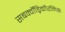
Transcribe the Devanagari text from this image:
सबक्वॉड्रिकॉरनिस